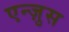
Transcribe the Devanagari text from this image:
एन्ज़ुस